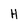
Character: H